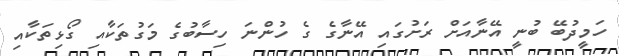
ހަމީދުބޭ ބުނީ އޭނާއަށް ރަށުގައި އޭނާގެ ގެ ހުންނަ ހިސާބުގެ މަގުތަކާއި ގޯޅިތަކާއި